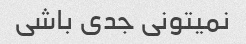
نمیتونی جدی باشی